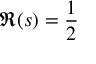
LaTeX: \Re ( s ) = { \frac { 1 } { 2 } }